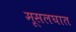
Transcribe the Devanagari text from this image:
मूसलघात